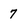
Character: 7